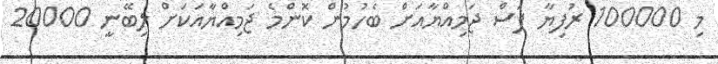
މި 100000 ރުފިޔާ ފަސް ޖަމިއްޔާއަށް ބެހުމުން ކޮންމެ ޖަމިއްޔާއަކަށް ލިބޭނީ 20000